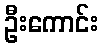
ဦးကောင်း